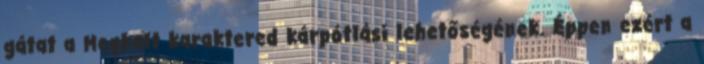
gátat a Meghalt karaktered kárpótlási lehetőségének. Éppen ezért a